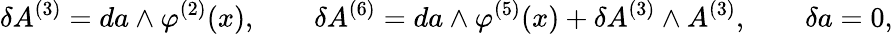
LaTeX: \delta A^{(3)}=da\wedge\varphi^{(2)}(x),\qquad\delta A^{(6)}=da\wedge\varphi^{(5)}(x)+\delta A^{(3)}\wedge A^{(3)},\qquad\delta a=0,